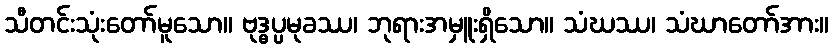
သီတင်းသုံးတော်မူသော။ ဗုဒ္ဓပ္ပမုခဿ၊ ဘုရားအမှူးရှိသော။ သံဃဿ၊ သံဃာတော်အား။